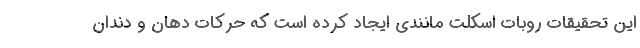
این تحقیقات روبات اسکلت مانندی ایجاد کرده است که حرکات دهان و دندان